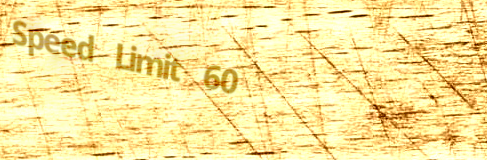
Speed Limit 60